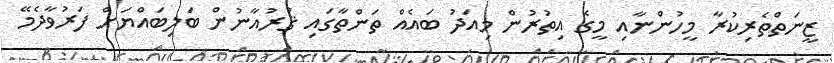
ޒީނަތްތެރިކުރާ މީހުންނާއި މީގެ އިތުރުން މިއަދު ބައެއް ތަންތާގައި ޤުރުއާނުން ބަލިބައްޔަށް ފަރުވާދެމޭ